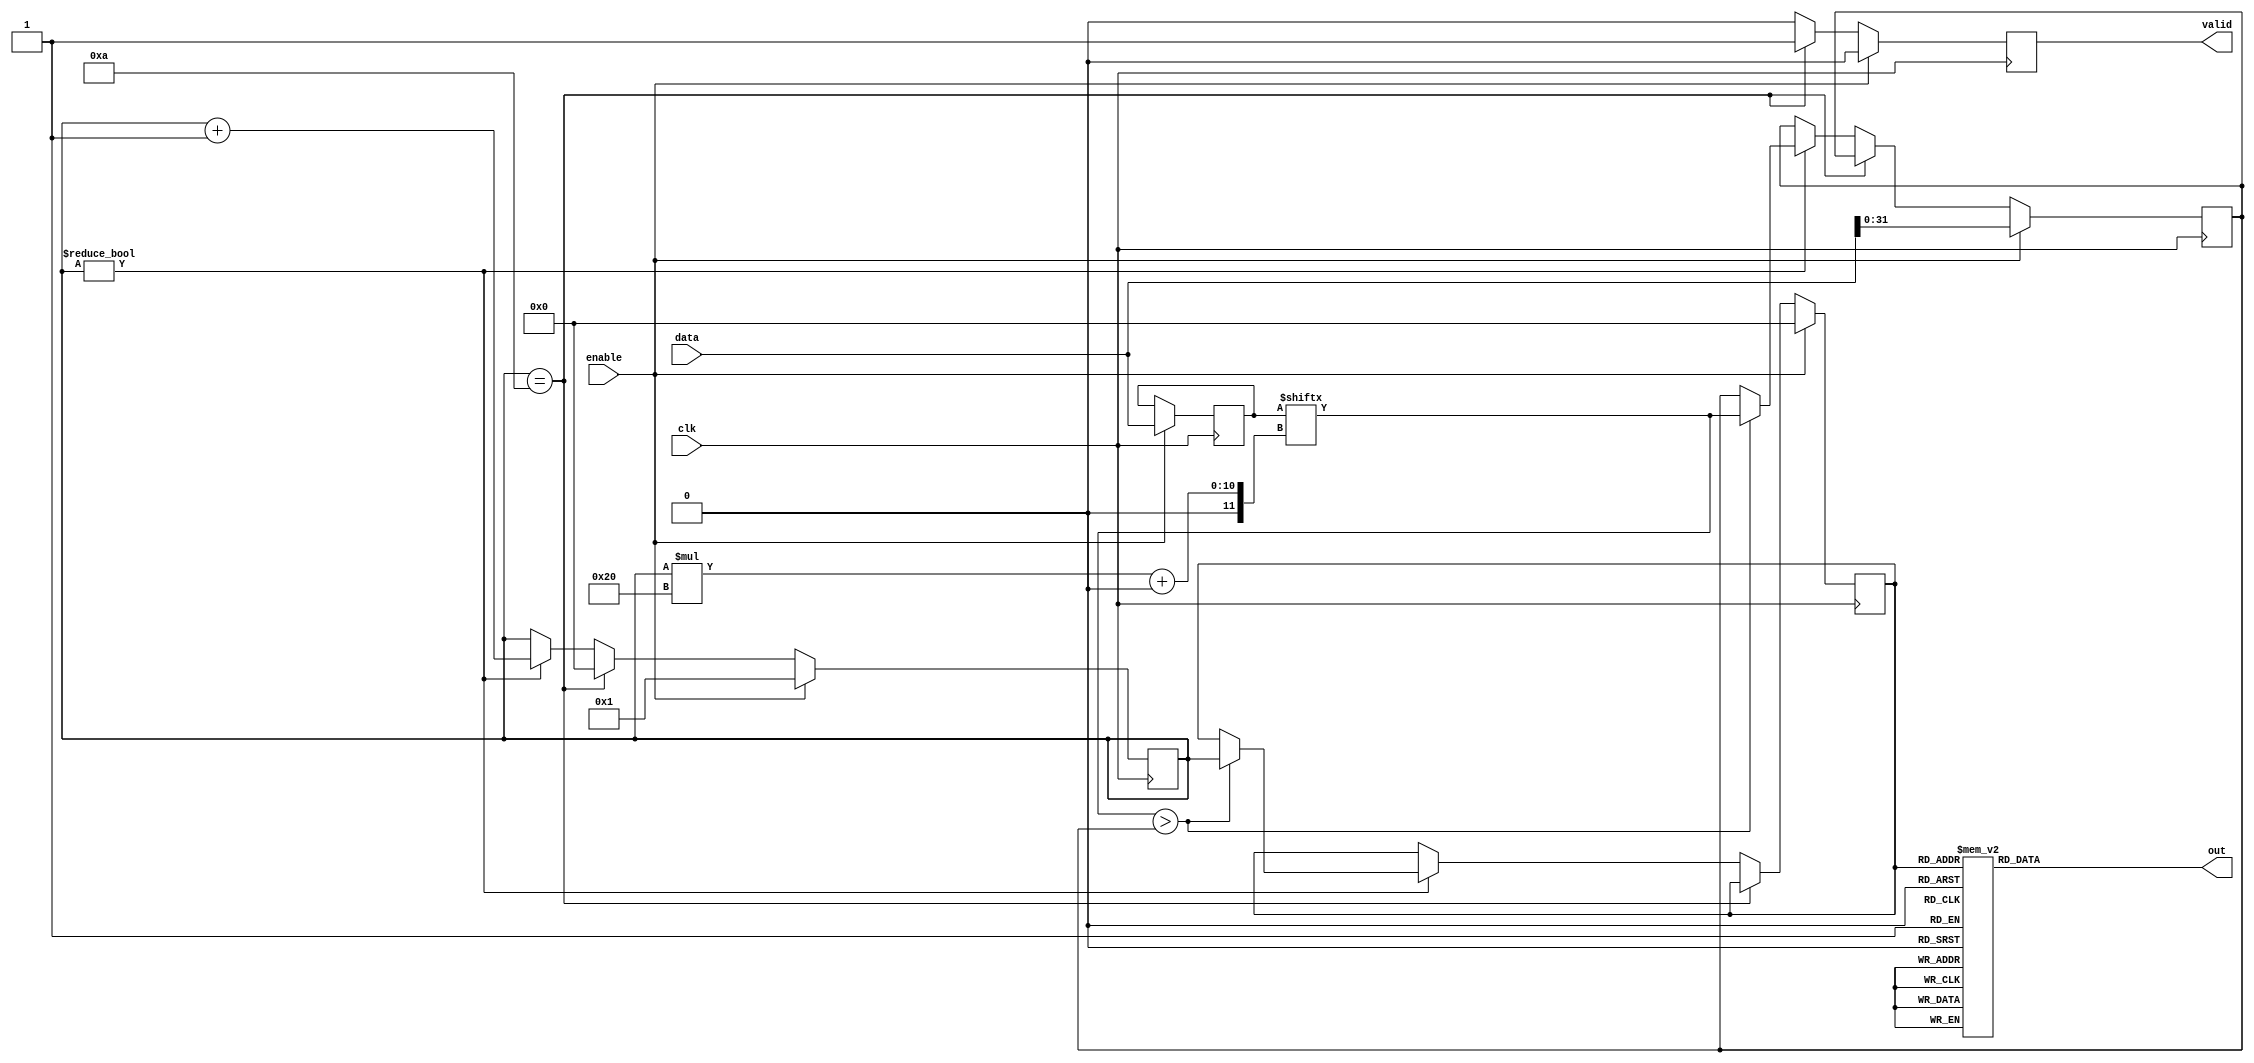
`timescale 1ns / 1ps
module max(
input           clk,
input   [319:0] data,
input           enable,
output reg [9:0] out,
output  reg    valid
);

reg [31:0] max_val;
reg [319:0] data_buff;
reg [3:0] counter;
reg [3:0] cout;

always @(posedge clk)
 begin
    valid <= 1'b0;
    if(enable)
    begin
        max_val <= data[31:0];
        counter <= 1;
        data_buff <= data;
        cout<=0;
    end
    else if(counter == 10)
    begin
        counter <= 0;
        valid <= 1'b1;
    end
    else if(counter != 0)
    begin
        counter <= counter + 1;
        if($signed(data_buff[counter*32+:32]) > $signed(max_val))
        begin
            max_val <= data_buff[counter*32+:32];
            cout <= counter;
        end
    end
end
always @(cout)
    case(cout)
    4'b0000:out=10'b0000000001;
    4'b0001:out=10'b0000000010;
    4'b0010:out=10'b0000000100;
    4'b0011:out=10'b0000001000;
    4'b0100:out=10'b0000010000;
    4'b0101:out=10'b0000100000;
    4'b0110:out=10'b0001000000;
    4'b0111:out=10'b0010000000;
    4'b1000:out=10'b0100000000;
    4'b1001:out=10'b1000000000;
    default:out=10'b0000000000; endcase
endmodule